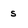
Character: s